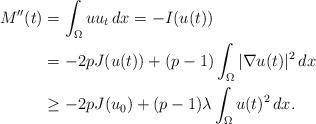
LaTeX: \begin{align*}M''(t)&=\int_{\Omega}uu_t\,dx=-I(u(t))\\&=-2pJ(u(t))+(p-1)\int_{\Omega}|\nabla u(t)|^2\,dx\\&\geq -2pJ(u_0)+(p-1)\lambda\int_{\Omega}u(t)^2\,dx.\end{align*}